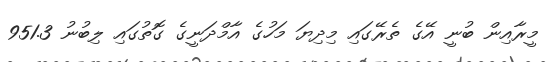
މީރާއިން ބުނީ އޭގެ ތެރޭގައި މިދިޔަ މަހުގެ އާމްދަނީގެ ގޮތުގައި ލިބުނު 951.3